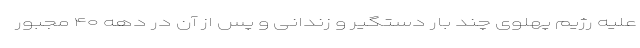
علیه رژیم پهلوی چند بار دستگیر و زندانی و پس از آن در دهه ۴۰ مجبور